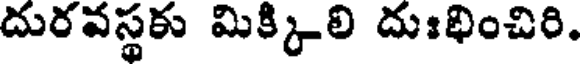
దురవస్థకు మిక్కిలి దుఃభించిరి.